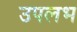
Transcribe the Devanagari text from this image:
उपलभ